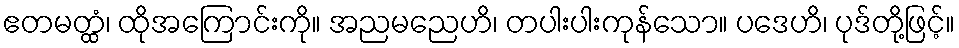
ဧတမတ္ထံ၊ ထိုအကြောင်းကို။ အညမညေဟိ၊ တပါးပါးကုန်သော။ ပဒေဟိ၊ ပုဒ်တို့ဖြင့်။